Elephants and their diseases
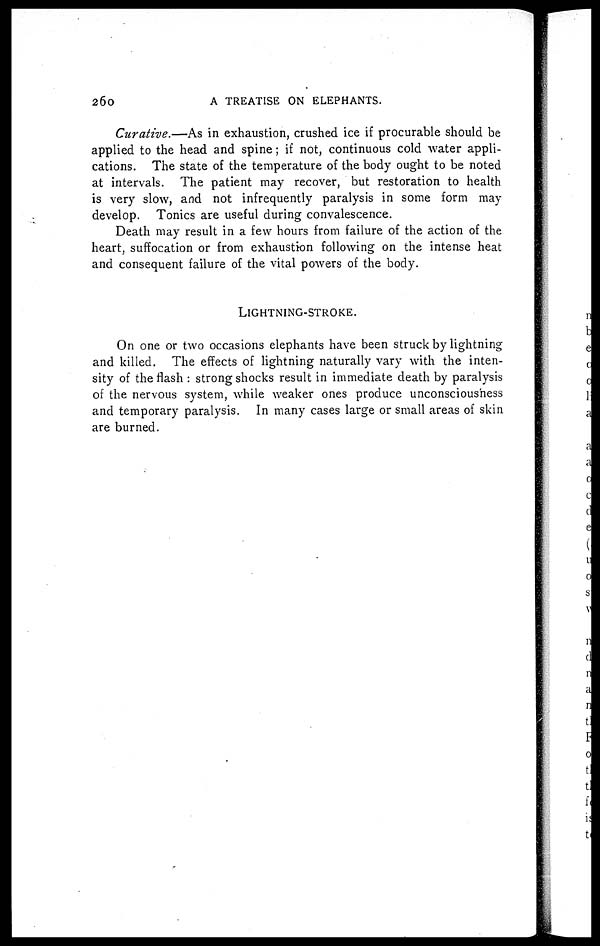
260
A TREATISE ON ELEPHANTS.
Curative.—As in exhaustion, crushed ice if procurable should be
applied to the head and spine ; if not, continuous cold water appli-
cations. The state of the temperature of the body ought to be noted
at intervals. The patient may recover, but restoration to health
is very slow, and not infrequently paralysis in some form may
develop. Tonics are useful during convalescence.
Death may result in a few hours from failure of the action of the
heart, suffocation or from exhaustion following on the intense heat
and consequent failure of the vital powers of the body.
LIGHTNING-STROKE.
On one or two occasions elephants have been struck by lightning
and killed. The effects of lightning naturally vary with the inten-
sity of the flash : strong shocks result in immediate death by paralysis
of the nervous system, while weaker ones produce unconsciousness
and temporary paralysis. In many cases large or small areas of skin
are burned.